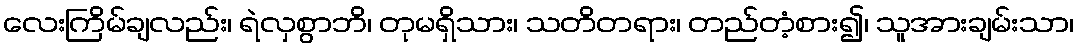
လေးကြိမ်ချလည်း၊ ရဲလှစွာဘိ၊ တုမရှိသား၊ သတိတရား၊ တည်တံ့စား၍၊ သူအားချမ်းသာ၊